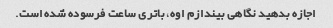
اجازه بدهید نگاهی بیندازم اوه، باتری ساعت فرسوده شده است.